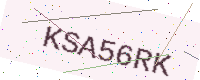
Text: KSA56RK